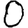
Digit: 0